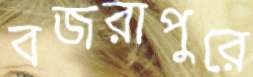
বজরাপুরে